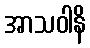
အာသဝါနိ